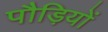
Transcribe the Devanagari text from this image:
पौड़ियों